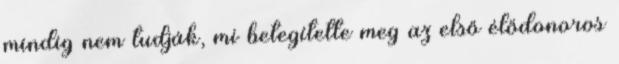
mindig nem tudják, mi betegítette meg az első élődonoros